Lunatic asylums Bombay report 1891-1903 - 1891-1903
Year: 1891
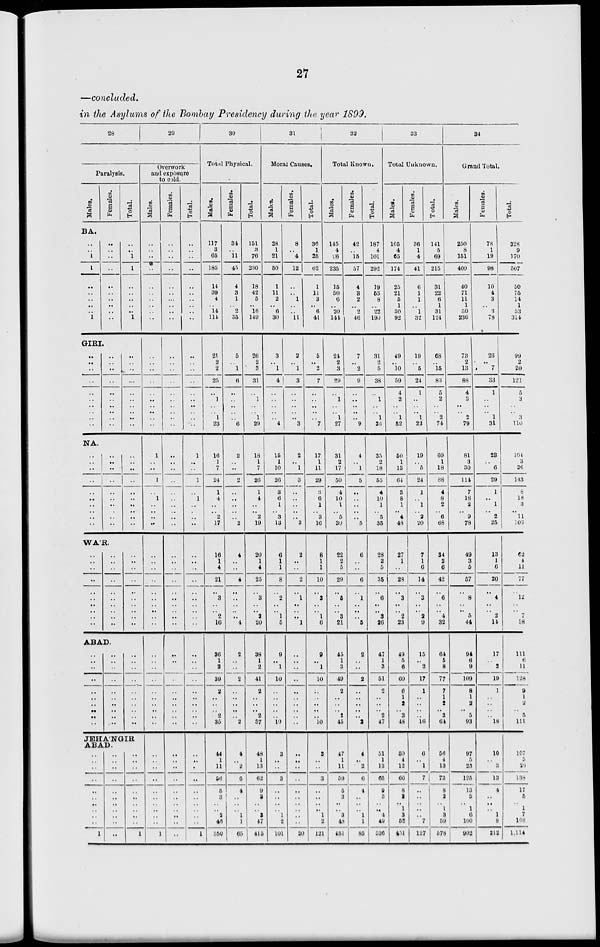
27
—concluded.
in the Asylums of the Bombay Presidency during the year 1899.
28
Paralysis.
Males.
Females.
Total.
29
Overwork
and exposure
to cold.
Males.
Females.
Total.
30
Total Physical.
Males.
Females.
Total.
31
Moral Causes.
Males.
Females.
Total.
32
Total Known.
Males.
Females.
Total.
33
Total Unknown.
Males.
Females.
Total.
34
Grand Total.
Males.
Females.
Total.
BA.
..
..
1
1
..
..
..
..
..
1
..
..
..
..
..
..
..
..
..
..
..
..
1
1
..
..
..
..
..
1
..
..
..
..
..
..
..
..
..
..
..
..
..
..
..
..
...
..
..
..
..
..
..
..
..
..
..
..
..
..
117
3
65
185
14
39
4
..
14
114
34
..
11
45
4
3
1
..
2
35
151
3
76
230
18
42
5
..
16
149
28
1
21
50
1
11
2
..
6
30
8
..
4
12
..
..
1
..
..
11
36
1
25
62
1
11
3
..
6
41
145
4
86
235
15
50
6
..
20
144
42
..
15
57
4
3
2
..
2
46
187
4
101
292
19
53
8
..
22
190
105
4
65
174
25
21
5
1
30
92
36
1
4
41
6
1
1
..
1
32
141
5
69
215
31
22
6
1
31
124
250
8
151
409
40
71
11
1
50
236
78
1
19
98
10
4
3
..
3
78
328
9
170
507
50
75
14
1
53
314
GIRI.
..
..
..
..
..
..
..
..
..
..
..
..
..
..
..
..
..
..
..
..
..
..
..
..
..
..
..
..
..
..
..
..
..
..
..
..
..
..
..
..
..
..
..
..
..
..
..
..
..
..
..
..
..
..
..
..
..
..
..
..
21
2
2
25
..
1
..
.. 1
23
5
..
1
6
..
..
..
..
..
6
26
2
3
31
..
1
..
.. 1
29
3
..
1
4
..
..
..
..
..
4
2
..
1
3
..
..
..
..
..
3
5
..
2
7
..
..
..
..
..
7
24
2
3
29
..
1
..
.. 1
27
7
..
2
9
..
..
..
..
..
9
31
2
5
38
..
1
..
.. 1
36
49
..
10
59
4
2
..
.. 1
52
19
..
5
24
1
..
..
.. 1
22
68
..
15
83
5
2
..
.. 2
74
73
2
13
88
4
3
..
..
2
79
26
..
7
33
1
..
..
..
1
31
99
2
20
121
5
3
..
..
3
110
NA.
..
..
..
..
..
..
..
.. ..
..
..
..
..
..
..
..
..
..
..
..
..
..
..
..
..
..
..
..
..
..
1
..
..
1
..
1
..
..
..
..
..
..
..
..
..
..
..
..
..
..
1
..
..
1
..
1
..
..
..
..
16
1
7
24
1
4
..
.. 2
17
2
..
..
2
..
..
..
..
..
2
18
1
7
26
1
4
..
.. 2
19
15
1
10
26
3
6
1
.. 3
13
2
..
1
3
..
..
..
..
..
3
17
1
11
29
3
6
1
.. 3
16
31
2
17
50
4
10
1
.. 5
30
4
..
1
5
..
..
..
..
..
5
35
2
18
55
4
10
1
.. 5
35
50
1
13
64
3
8
1
.. 4
48
19
..
5
24
1
..
1
.. 2
20
69
1
18
88
4
8
2
.. 6
68
81
3
30
114
7
18
2
.. 9
78
23
..
6
29
1
..
1
..
2
25
104
3
36
143
8
18
3
.. 11
103
WAR.
..
..
..
..
..
..
..
..
..
..
..
..
..
..
..
..
..
.. ..
..
..
..
..
..
..
..
..
..
..
..
..
..
..
..
..
..
..
..
..
..
..
..
..
..
..
..
..
.. ..
..
..
..
..
..
..
..
..
..
..
..
16
1
4
21
..
3
..
.. 2
16
4
..
..
4
..
..
..
.. .. 4
20
1
4
25
..
3
..
.. 3
20
6
1
1
8
..
2
..
..
1
5
2
..
..
2
..
1
..
.. ..
1
8
1
1
10
..
3
..
..
1
6
22
2
5
29
..
5
..
.. 3
21
6
..
..
6
..
1
..
.. ..
5
28
2
5
35
..
6
..
.. 3
26
27
1
..
28
..
3
..
.. 2
23
7
1
6
14
..
3
..
.. 2
9
34
2
6
42
..
6
..
.. 4
32
49
3
5
57
..
8
..
.. 5
44
13
1
6
20
..
4
..
.. 2
14
62
4
11
77
..
12
..
..
7
58
ABAD.
..
..
..
..
..
..
..
..
..
..
..
..
..
..
..
..
..
..
..
..
..
..
..
..
..
..
..
..
..
..
..
..
..
..
..
..
..
..
..
..
..
..
..
..
..
..
..
..
..
..
..
..
..
..
..
..
..
.. ..
..
36
1
2
39
2
..
..
.. 2
35
2
..
..
2
..
..
..
..
.. 2
38
1
2
41
2
..
..
.. 2
37
9
..
1
10
..
..
..
..
..
10
..
..
..
..
..
..
..
..
..
..
9
..
1
10
..
..
..
..
..
10
45
1
3
49
2
..
..
.. 2
45
2
..
..
2
..
..
..
..
..
2
47
1
3
51
2
..
..
..
2
47
49
5
6
60
6
1
2
.. 3
48
15
..
2
17
1
..
..
..
.. 16
64
5
8
77
7
1
2
.. 3
64
94
6
9
109
8
1
2
.. 5
93
17
..
2
19
1
..
..
.. .. 18
111
6
11
128
9
1
2
.. 5
111
JEHA'NGIR
ABAD.
..
..
..
..
..
..
..
..
..
..
1
..
..
..
..
..
..
..
..
..
..
..
..
..
..
..
..
..
..
..
..
..
1
..
..
..
..
..
..
..
..
..
..
1
..
..
..
..
..
..
..
..
..
..
..
..
..
..
..
..
..
..
..
..
..
1
44
1
11
56
5
3
..
.. 2
46
350
4
..
2
6
4
..
..
..
1
1
65
48
1
13
62
9
3
..
..
3
47
415
3
..
..
3
..
..
..
.. 1
2
101
..
..
..
..
..
..
..
..
..
..
20
3
..
..
3
..
..
..
.. 1
2
121
47
1
11
59
5
3
..
.. 3
48
451
4
..
2
6
4
..
..
.. 1
1
85
51
1
13
65
9
3
..
.. 4
49
536
50
4
12
66
8
2
..
1
3
52
451
6
..
1
7
..
..
..
..
..
7
127
56
4
13
73
8
2
..
1
3
59
578
97
5
23
125
13
5
..
1
6
100
902
10
..
3
13
4
..
.. ..
1
8
212
107
5
26
138
17
5
..
1
7
108
1,114